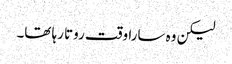
لیکن وہ سارا وقت روتا رہا تھا۔